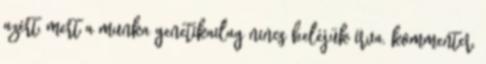
azért, mert a munka genetikailag nincs beléjük írva. kommenter,